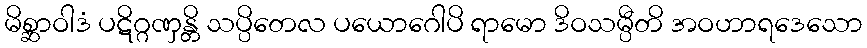
မိစ္ဆာဝါဒံ ပဋိဂ္ဂဏှန္တိ သပ္ပိတေလ ပယောဂေါပိ ရာမော ဒိဝသမ္ပီတိ အဝဟာရဒေသော